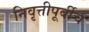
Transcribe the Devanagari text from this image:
निवृत्तीपूर्वीच